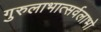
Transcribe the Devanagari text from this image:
गुरुलाभात्सर्वलाभो